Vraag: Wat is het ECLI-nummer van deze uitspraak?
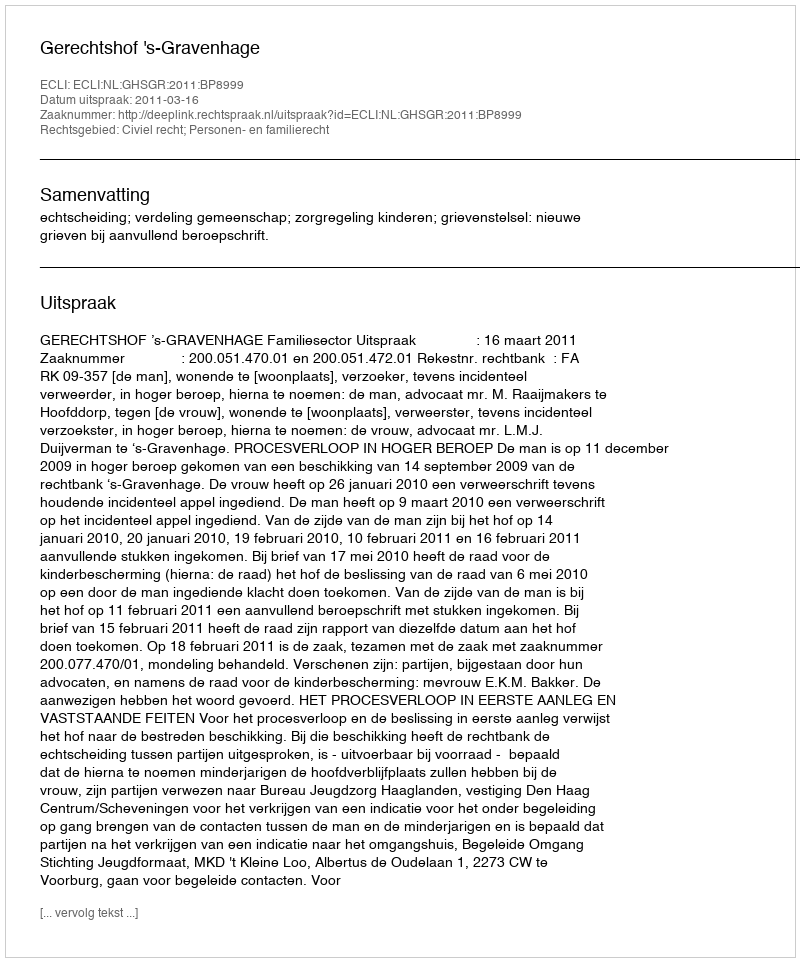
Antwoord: ECLI:NL:GHSGR:2011:BP8999